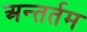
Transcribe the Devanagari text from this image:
अन्तर्तम